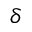
\delta